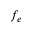
f _ { e }